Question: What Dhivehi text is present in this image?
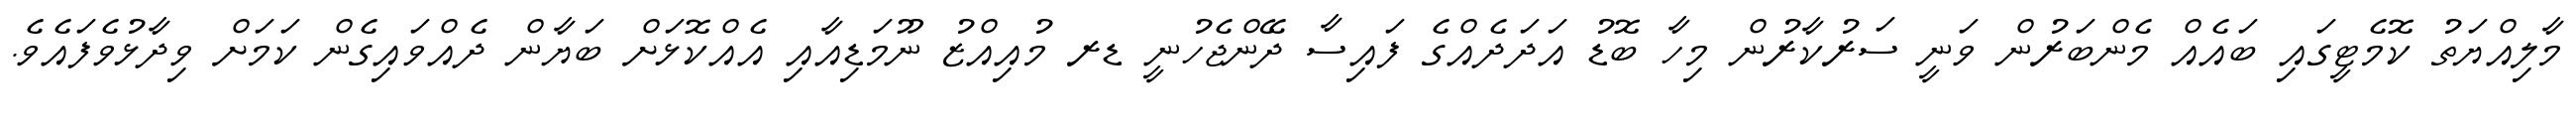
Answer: މާލިއްޔަތު ކޮމެޓީގައި ބައެއް މެންބަރުން ވަނީ ސަރުކާރުން މިހާ ބޮޑު އަދަދެއްގެ ފައިސާ ދޭންޖެހުނީ ޑރ މުއިއްޒު ނޫމަޑިއާއި އެއްކޮޅަށް ބަޔާން ދެއްވައިގެން ކަމަށް ވިދާޅުވެފައެވެ.